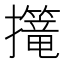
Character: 𢹈